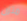
متزن